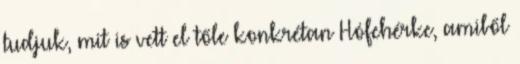
tudjuk, mit is vett el tőle konkrétan Hófehérke, amiből